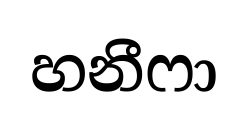
හනීෆා